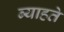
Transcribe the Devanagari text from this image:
ब्याहते